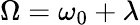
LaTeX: \Omega=\omega_{0}+\lambda